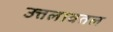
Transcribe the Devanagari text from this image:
उत्तलावतल